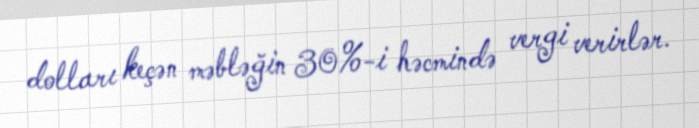
dolları keçən məbləğin 30%-i həcmində vergi verirlər.